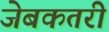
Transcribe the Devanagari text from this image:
जेबकतरी